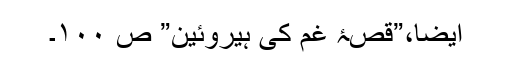
ایضاََ،”قصۂ غم کی ہیروئین” ص ۱۰۰۔